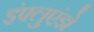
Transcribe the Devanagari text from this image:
इंफ्लुएंझे